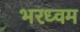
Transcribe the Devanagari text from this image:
भरध्वम